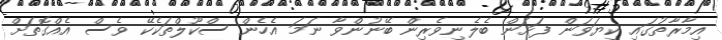
އިމާރާތުގައި ކިޔަވަން ފަށަން ބެލެނިވެރިން ބޭނުންވާ ނަމަ އެހެން ސްކޫލްތަކެކޭ ވެސް އެއްގޮތަށް